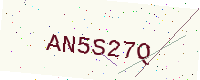
Text: AN5S27Q